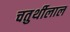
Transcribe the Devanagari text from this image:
चतुर्थीलाल